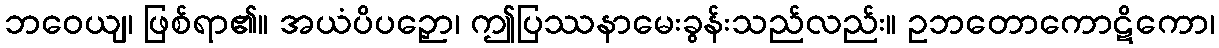
ဘဝေယျ၊ ဖြစ်ရာ၏။ အယံပိပဉှော၊ ဤပြဿနာမေးခွန်းသည်လည်း။ ဥဘတောကောဋိကော၊